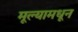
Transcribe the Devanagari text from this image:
मूल्यामधून